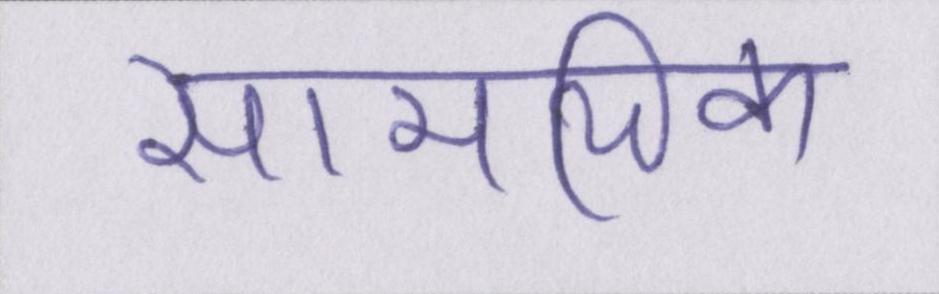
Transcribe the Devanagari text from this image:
सामयिक